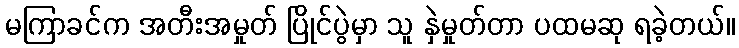
မကြာခင်က အတီးအမှုတ် ပြိုင်ပွဲမှာ သူ နှဲမှုတ်တာ ပထမဆု ရခဲ့တယ်။